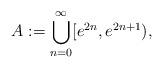
LaTeX: \begin{align*}A := \bigcup_{n=0}^\infty [e^{2n},e^{2n+1}),\end{align*}